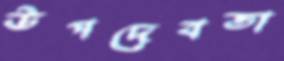
উপদেবতা